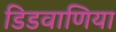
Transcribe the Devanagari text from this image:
डिडवाणिया